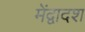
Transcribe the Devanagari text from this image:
मेंद्वादश